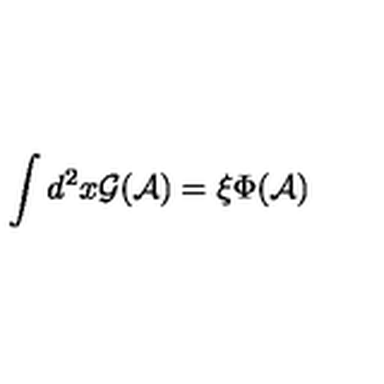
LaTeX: \int d ^ { 2 } x { \mathcal G } ( { \mathcal A } ) = \xi \Phi ( { \mathcal A } )